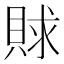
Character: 賕